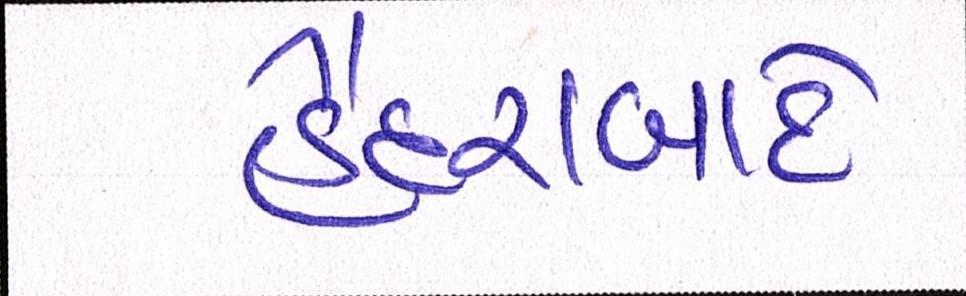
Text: હૈદરાબાદે